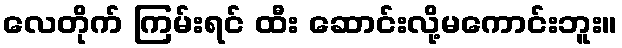
လေတိုက် ကြမ်းရင် ထီး ဆောင်းလို့မကောင်းဘူး။